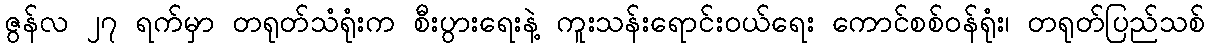
ဇွန်လ ၂၇ ရက်မှာ တရုတ်သံရုံးက စီးပွားရေးနဲ့ ကူးသန်းရောင်းဝယ်ရေး ကောင်စစ်ဝန်ရုံး၊ တရုတ်ပြည်သစ်